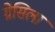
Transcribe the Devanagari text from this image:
ग्रेसिला